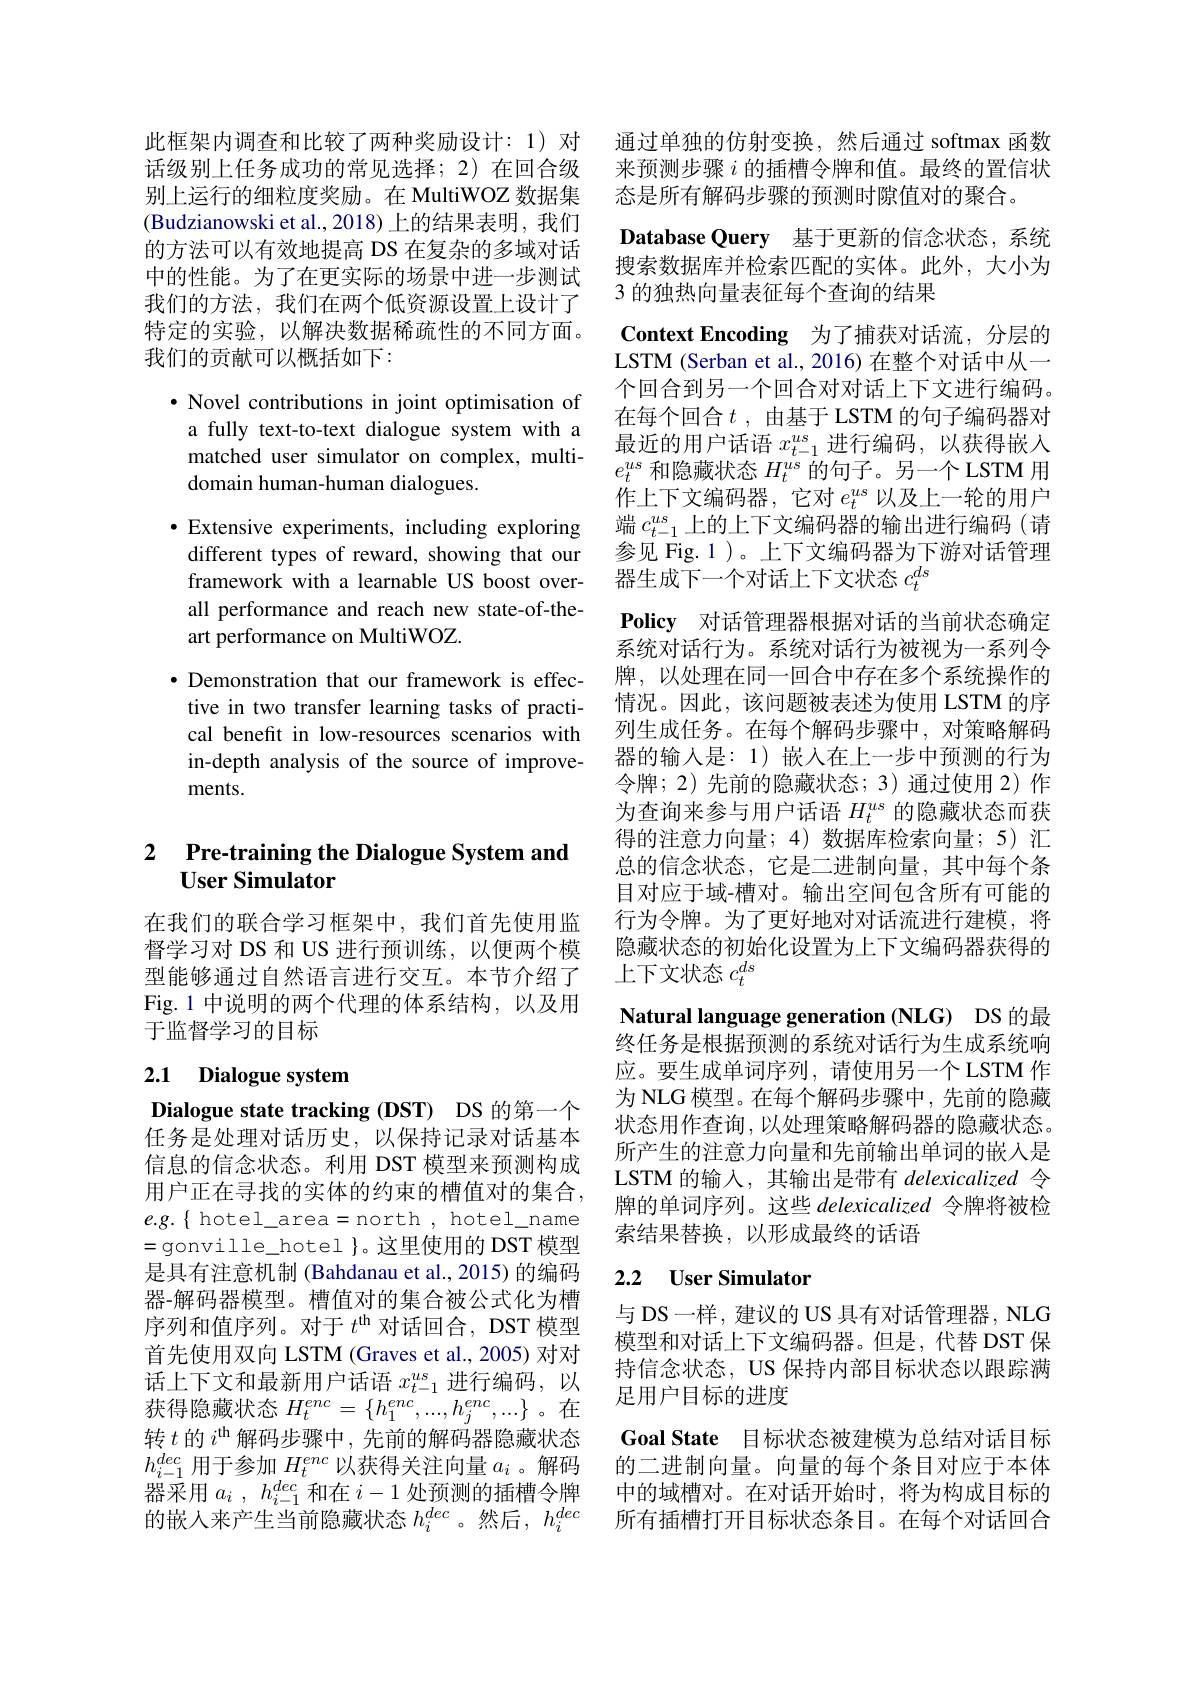
此框架内调查和比较了两种奖励设计：1) 对 通过单独的仿射变换，然后通过 softmax 函数话级别上任务成功的常见选择；2)在回合级 来预测步骤$i$ 的插槽令牌和值。最终的置信状别上运行的细粒度奖励。在 MultiWOZ 数据集 态是所有解码步骤的预测时隙值对的聚合。
(Budzianowski et al., 2018) 上的结果表明，我们的方法可以有效地提高 DS 在复杂的多域对话中的性能。为了在更实际的场景中进一步测试我们的方法，我们在两个低资源设置上设计了特定的实验，以解决数据稀疏性的不同方面。我们的贡献可以概括如下：

$\bullet$ Novel contributions in joint optimisation of a fully text-to-text dialogue system with a matched user simulator on complex, multidomain human-human dialogues.
$\bullet$ Extensive experiments, including exploring
different types of reward, showing that our framework with a learnable US boost overall performance and reach new state-of-theart performance on MultiWOZ.
$\bullet$ Demonstration that our framework is effective in two transfer learning tasks of practical benefit in low-resources scenarios with in-depth analysis of the source of improvements.

## 2 Pre-training the Dialogue System and User Simulator

在我们的联合学习框架中，我们首先使用监督学习对 DS 和 US 进行预训练，以便两个模型能够通过自然语言进行交互。本节介绍了Fig.1 中说明的两个代理的体系结构，以及用于监督学习的目标

# 2.1 Dialogue system

Dialogue state tracking (DST) DS 的第一个任务是处理对话历史，以保持记录对话基本信息的信念状态。利用 DST 模型来预测构成用户正在寻找的实体的约束的槽值对的集合， $e.g.\{$ hotel\_area=north, hotel\_name =gonville\_hotel $\}$。这里使用的 DST 模型是具有注意机制 (Bahdanau et al., 2015) 的编码器-解码器模型。槽值对的集合被公式化为槽序列和值序列。对于$t^\mathrm{th}$对话回合，DST 模型首先使用双向 LSTM (Graves et al., 2005) 对对话上下文和最新用户话语$x_t-1^{us}$进行编码，以获得隐藏状态$H_t^enc=\{h_1^{enc},...,h_j^{enc},...\}$ 。在转$t$的$i^\mathrm{th}$解码步骤中，先前的解码器隐藏状态$h_{i-1}^{dec}$用于参加$H_t^{enc}$以获得关注向量$a_i$ 。解码 的二进制向量。向量的每个条目对应于本体器采用$a_i,h_{i-1}^{dec}$和在$i-1$处预测的插槽令牌 中的域槽对。在对话开始时，将为构成目标的的嵌人来产生当前隐藏状态$h_i^{dec}$。然后，$h_i^{dec}$所有插槽打开目标状态条目。在每个对话回合

Database Query 基于更新的信念状态，系统搜索数据库并检索匹配的实体。此外，大小为3 的独热向量表征每个查询的结果
Context Encoding 为了捕获对话流，分层的LSTM (Serban et al., 2016) 在整个对话中从一个回合到另一个回合对对话上下文进行编码。在每个回合$t$ ,由基于 LSTM 的句子编码器对最近的用户话语$x_{t-1}^{us}$进行编码，以获得嵌入$e_t^{us}$和隐藏状态$H_t^{us}$的句子。另一个 LSTM 用作上下文编码器，它对$e_t^{us}$以及上一轮的用户端$c_{t-1}^{us}$上的上下文编码器的输出进行编码(请参见 Fig.1)。上下文编码器为下游对话管理器生成下一个对话上下文状态$c_t^{ds}$
$\textbf{Policy}$ 对话管理器根据对话的当前状态确定系统对话行为。系统对话行为被视为一系列令牌，以处理在同一回合中存在多个系统操作的情况。因此，该问题被表述为使用 LSTM 的序列生成任务。在每个解码步骤中，对策略解码器的输入是：1) 嵌入在上一步中预测的行为令牌；2)先前的隐藏状态；3)通过使用 2) 作为查询来参与用户话语$H_t^{us}$的隐藏状态而获得的注意力向量；4)数据库检索向量；5)汇总的信念状态，它是二进制向量，其中每个条目对应于域-槽对。输出空间包含所有可能的行为令牌。为了更好地对对话流进行建模，将隐藏状态的初始化设置为上下文编码器获得的上下文状态$c_t^ds$
Natural language generation (NLG) DS 的最终任务是根据预测的系统对话行为生成系统响应。要生成单词序列，请使用另一个LSTM 作为 NLG 模型。在每个解码步骤中，先前的隐藏状态用作查询，以处理策略解码器的隐藏状态。所产生的注意力向量和先前输出单词的嵌入是LSTM 的输入，其输出是带有 delexicalized 令牌的单词序列。这些 delexicalized 令牌将被检索结果替换，以形成最终的话语
2.2 $\textbf{User Simulator}$

与 DS 一样，建议的 US 具有对话管理器，NLG 模型和对话上下文编码器。但是，代替 DST 保持信念状态，US 保持内部目标状态以跟踪满足用户目标的进度
Goal State 目标状态被建模为总结对话目标